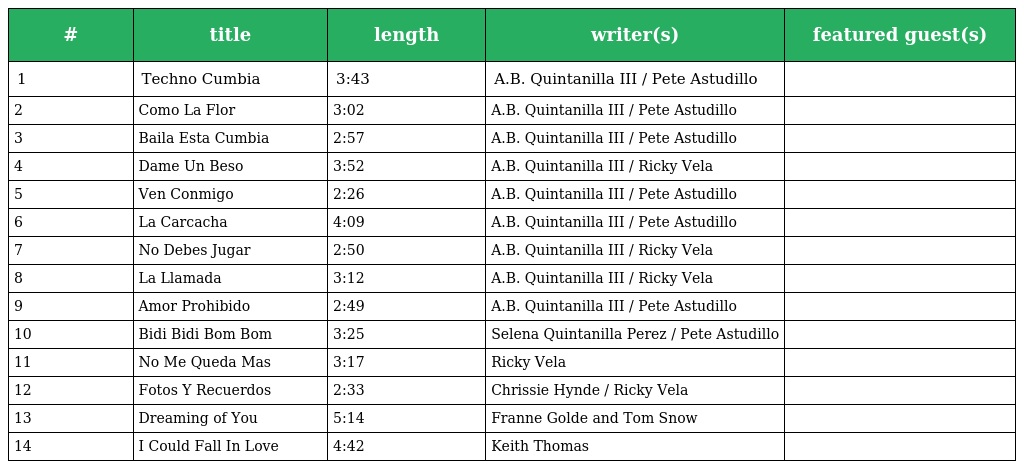
| # | title | length | writer(s) | featured guest(s) |
 | --- | --- | --- | --- | --- |
 | 1 | Techno Cumbia | 3:43 | A.B. Quintanilla III / Pete Astudillo |  |
 | 2 | Como La Flor | 3:02 | A.B. Quintanilla III / Pete Astudillo |  |
 | 3 | Baila Esta Cumbia | 2:57 | A.B. Quintanilla III / Pete Astudillo |  |
 | 4 | Dame Un Beso | 3:52 | A.B. Quintanilla III / Ricky Vela |  |
 | 5 | Ven Conmigo | 2:26 | A.B. Quintanilla III / Pete Astudillo |  |
 | 6 | La Carcacha | 4:09 | A.B. Quintanilla III / Pete Astudillo |  |
 | 7 | No Debes Jugar | 2:50 | A.B. Quintanilla III / Ricky Vela |  |
 | 8 | La Llamada | 3:12 | A.B. Quintanilla III / Ricky Vela |  |
 | 9 | Amor Prohibido | 2:49 | A.B. Quintanilla III / Pete Astudillo |  |
 | 10 | Bidi Bidi Bom Bom | 3:25 | Selena Quintanilla Perez / Pete Astudillo |  |
 | 11 | No Me Queda Mas | 3:17 | Ricky Vela |  |
 | 12 | Fotos Y Recuerdos | 2:33 | Chrissie Hynde / Ricky Vela |  |
 | 13 | Dreaming of You | 5:14 | Franne Golde and Tom Snow |  |
 | 14 | I Could Fall In Love | 4:42 | Keith Thomas |  |